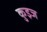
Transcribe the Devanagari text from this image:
कुइज